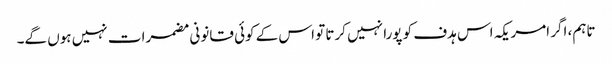
تاہم، اگر امریکہ اس ہدف کو پورا نہیں کرتا تو اس کے کوئی قانونی مضمرات نہیں ہوں گے۔